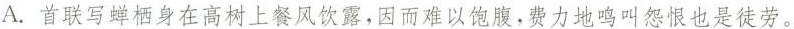
A.首联写蝉栖身在高树上餐风饮露，因而难以饱腹，费力地鸣叫怨恨也是徒劳。